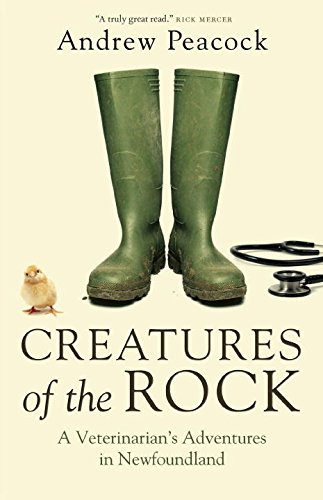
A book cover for Creatures of the Rock: A Veterinarian's Adventures in Newfoundland; Andrew Peacock; Biographies & Memoirs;